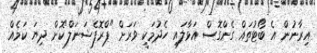
އިރާނުން އެ ބޯޓުތައް ގެންގޮސް އަޅާލައި ހެދުމަކީ ވަރަށް "ޕްރޮފެޝަނަލް"ކޮށް ދިޔަ ކަމެއް